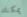
يمكنك